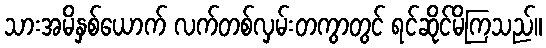
သားအမိနှစ်ယောက် လက်တစ်လှမ်းတကွာတွင် ရင်ဆိုင်မိကြသည်။